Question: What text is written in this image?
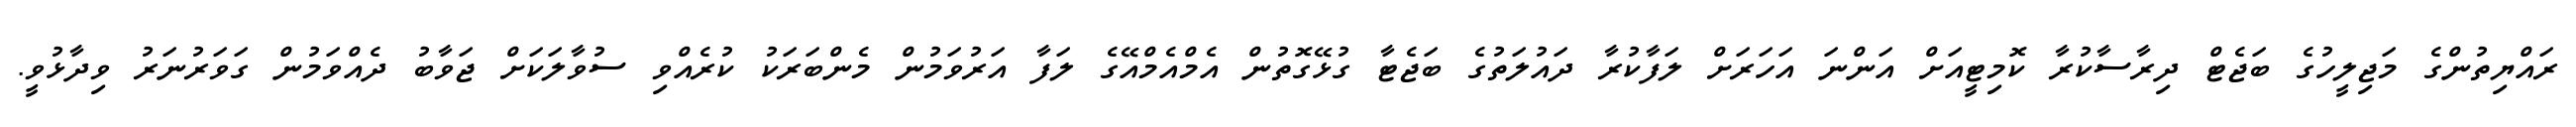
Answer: ރައްޔިތުންގެ މަޖިލީހުގެ ބަޖެޓް ދިރާސާކުރާ ކޮމިޓީއަށް އަންނަ އަހަރަށް ލަފާކުރާ ދައުލަތުގެ ބަޖެޓާ ގުޅޭގޮތުން އެމްއެމްއޭގެ ލަފާ އަރުވަމުން މެންބަރަކު ކުރެއްވި ސުވާލަކަށް ޖަވާބު ދެއްވަމުން ގަވަރުނަރު ވިދާޅުވީ.